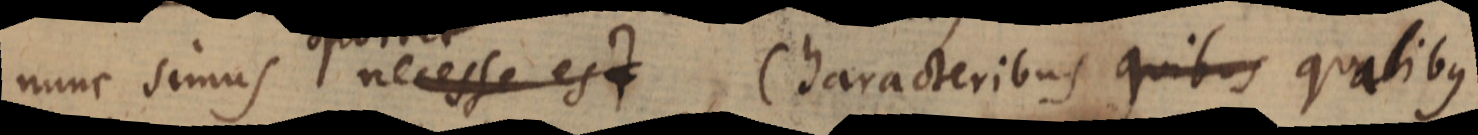
nunc simus necesse est, Characteribus quibus qualibus